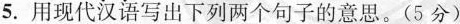
5. 用现代汉语写出下列两个句子的意思。(5分)